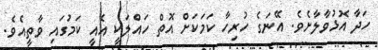
ހަދާ އޮޅުވާލާށެވެ. އޭނަގެ ހުރިހާ ކަމަކަށް އޮތް ހައްލަކީ އެއީ ކަމުގައި ވާތީއެވެ.